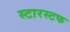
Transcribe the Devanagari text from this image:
स्टारस्टफ